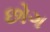
છોગ